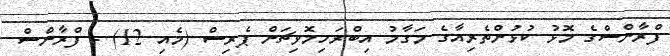
ފްރާންސްގެ މޮޅު ކުޅުންތެރިއާގެ މަގާމު އިބްރަހިމޮވިޗަށް ޕެރިސް (މެއި 12) - ފްރާންސް